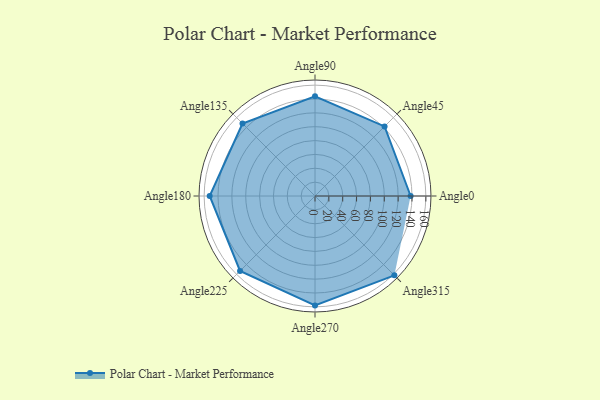
{"axis": {"x": "Angle", "y": "Radius"}, "legend": [""], "data": [{"x": "Angle0", "y": 138.0, "type": ""}, {"x": "Angle45", "y": 142.0, "type": ""}, {"x": "Angle90", "y": 144.0, "type": ""}, {"x": "Angle135", "y": 148.0, "type": ""}, {"x": "Angle180", "y": 152.0, "type": ""}, {"x": "Angle225", "y": 153.0, "type": ""}, {"x": "Angle270", "y": 158.0, "type": ""}, {"x": "Angle315", "y": 162.0, "type": ""}]}